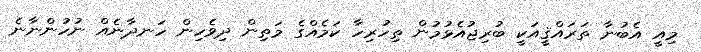
މިއީ އެބުނާ ތަރައްޤީއަކީ ބުރިޖުއެޅުމުން ތިހުރިހާ ކަމެއްގެ މަތިން ދިވެހިން ހަނދާނެއް ނުހުންނާނެ